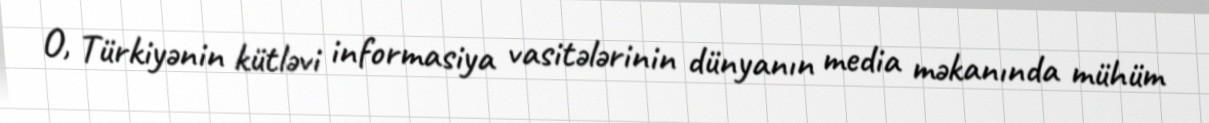
O, Türkiyənin kütləvi informasiya vasitələrinin dünyanın media məkanında mühüm